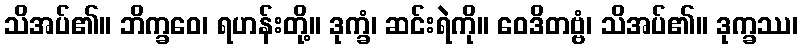
သိအပ်၏။ ဘိက္ခဝေ၊ ရဟန်းတို့။ ဒုက္ခံ၊ ဆင်းရဲကို။ ဝေဒိတဗ္ဗံ၊ သိအပ်၏။ ဒုက္ခဿ၊